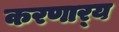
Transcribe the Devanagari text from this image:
करणार्‍य